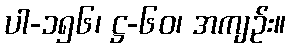
ပါ-၁၅၆၊ ဋ္ဌ-၆၀၊ အကျဉ်း။